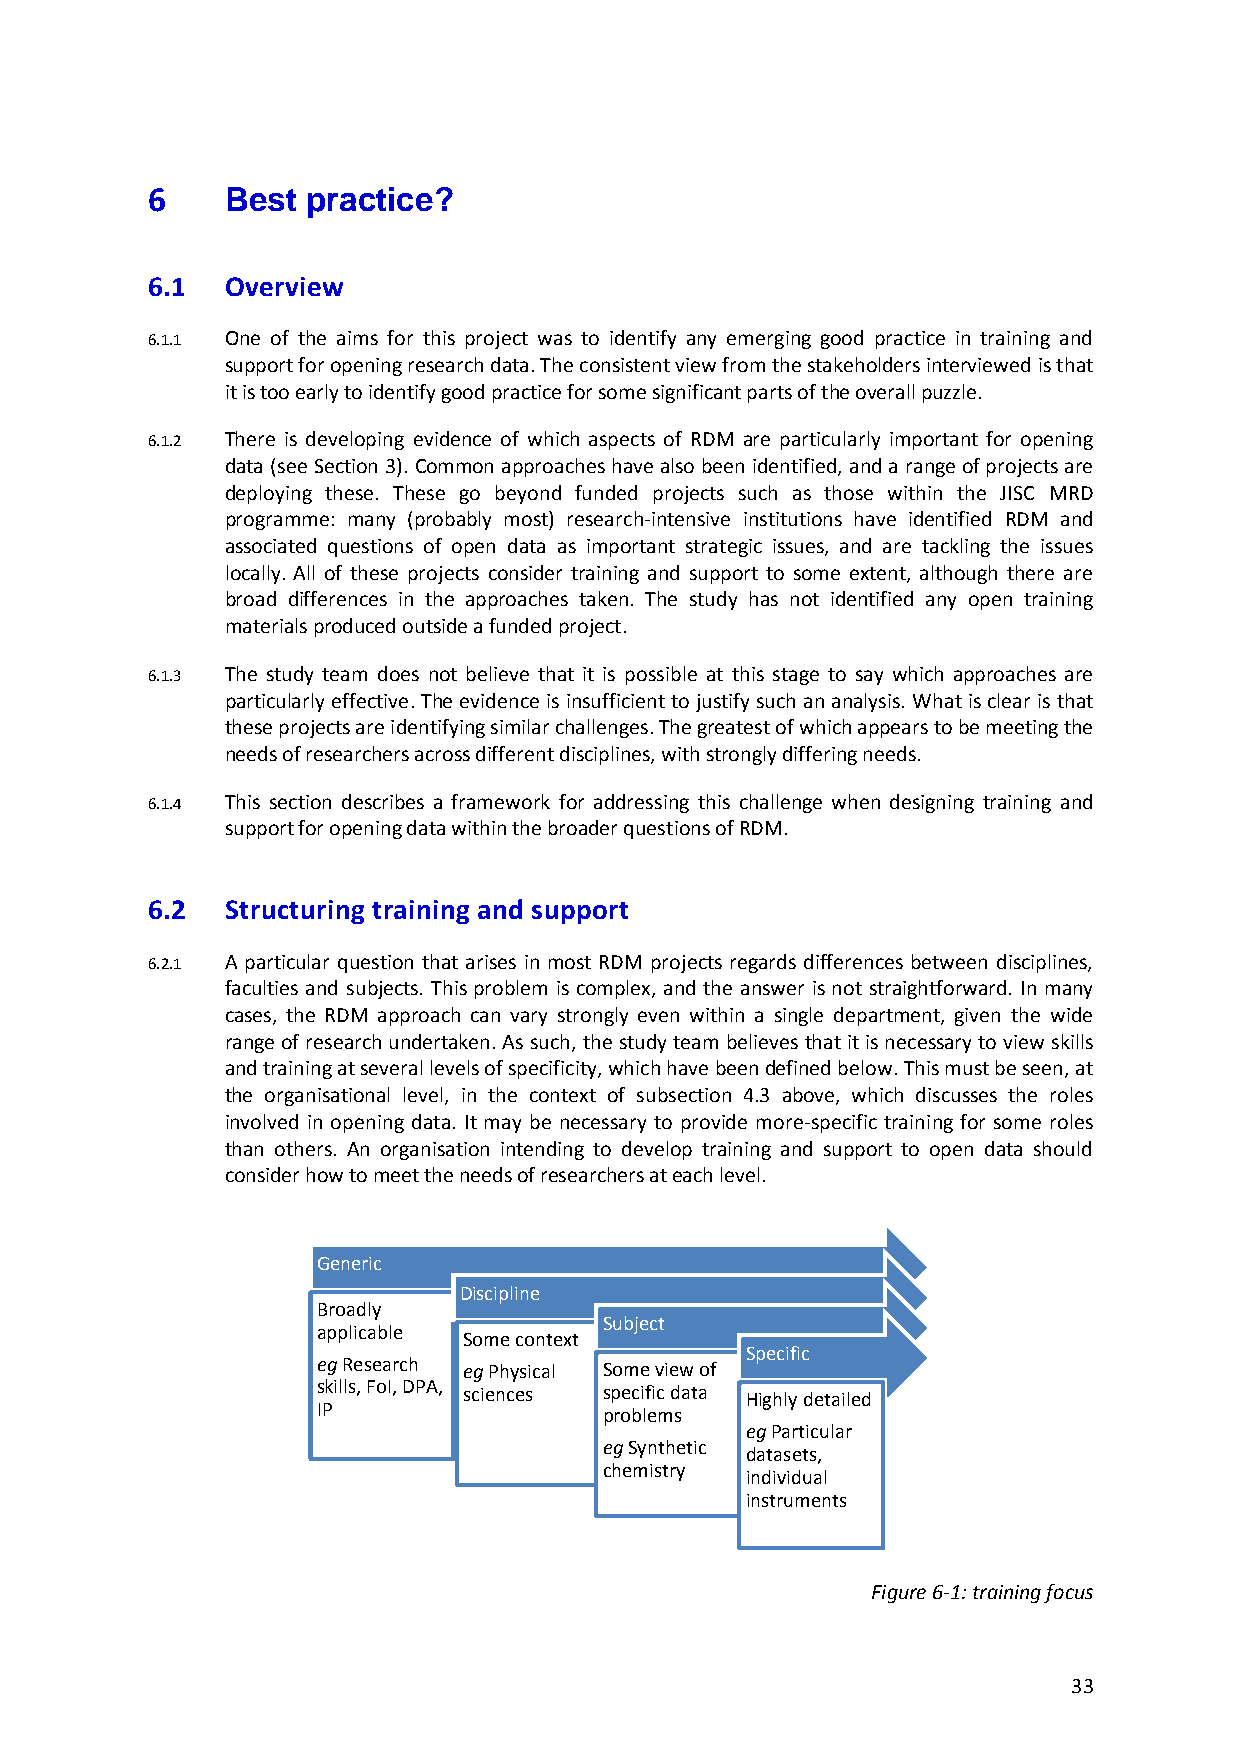
6    Best practice?
 6.1  Overview
 6.1.1 One of the aims for this project was to identify any emerging good practice in training and
 support for opening research data. The consistent view from the stakeholders interviewed is that
 it is too early to identify good practice for some significant parts of the overall puzzle.
 6.1.2 There is developing evidence of which aspects of RDM are particularly important for opening
 data (see Section 3). Common approaches have also been identified, and a range of projects are
 deploying these. These go beyond funded projects such as those within the JISC MRD
 programme: many (probably most) research-intensive institutions have identified RDM and
 associated questions of open data as important strategic issues, and are tackling the issues
 locally. All of these projects consider training and support to some extent, although there are
 broad differences in the approaches taken. The study has not identified any open training
 materials produced outside a funded project.
 6.1.3 The study team does not believe that it is possible at this stage to say which approaches are
 particularly effective. The evidence is insufficient to justify such an analysis. What is clear is that
 these projects are identifying similar challenges. The greatest of which appears to be meeting the
 needs of researchers across different disciplines, with strongly differing needs.
 6.1.4 This section describes a framework for addressing this challenge when designing training and
 support for opening data within the broader questions of RDM.
 6.2  Structuring training and support
 6.2.1 A particular question that arises in most RDM projects regards differences between disciplines,
 faculties and subjects. This problem is complex, and the answer is not straightforward. In many
 cases, the RDM approach can vary strongly even within a single department, given the wide
 range of research undertaken. As such, the study team believes that it is necessary to view skills
 and training at several levels of specificity, which have been defined below. This must be seen, at
 the organisational level, in the context of subsection 4.3 above, which discusses the roles
 involved in opening data. It may be necessary to provide more-specific training for some roles
 than others. An organisation intending to develop training and support to open data should
 consider how to meet the needs of researchers at each level.
 Generic
 Discipline
 Broadly
 Subject
 applicable
 Some context
 Specific
 eg Research eg Physical Some view of
 skills, FoI, DPA, sciences specific data Highly detailed
 IP                 problems
 eg Particular
 eg Synthetic
 datasets,
 chemistry
 individual
 instruments
 Figure 6-1: training focus
 33